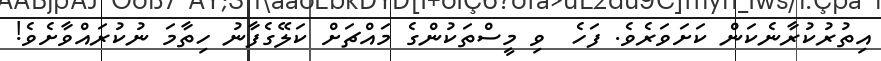
އިތުރުކުރާނެކަން ކަށަވަރެވެ. ފަހެ  ވި މީސްތަކުންގެ މައްޗަށް ކަލޭގެފާނު ހިތާމަ ނުކުރައްވާށެވެ!